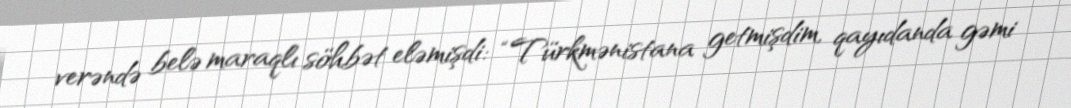
verəndə belə maraqlı söhbət eləmişdi: “Türkmənistana getmişdim, qayıdanda gəmi